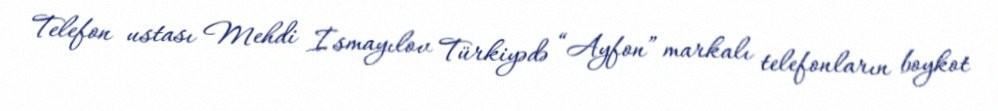
Telefon ustası Mehdi İsmayılov Türkiyədə “Ayfon” markalı telefonların boykot